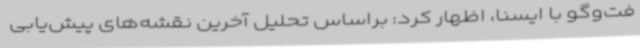
فت‌وگو با ایسنا، اظهار کرد: براساس تحلیل آخرین نقشه‌های پیش‌یابی